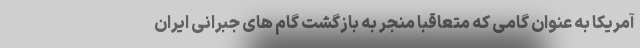
آمریکا به عنوان گامی که متعاقبا منجر به بازگشت گام های جبرانی ایران